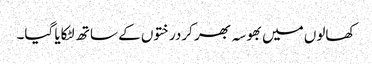
کھالوں میں بھوسہ بھر کردرختوں کے ساتھ لٹکایا گیا۔